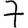
Digit: 7